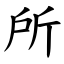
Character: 所